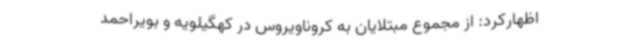
اظهارکرد: از مجموع مبتلایان به کروناویروس در کهگیلویه و بویراحمد